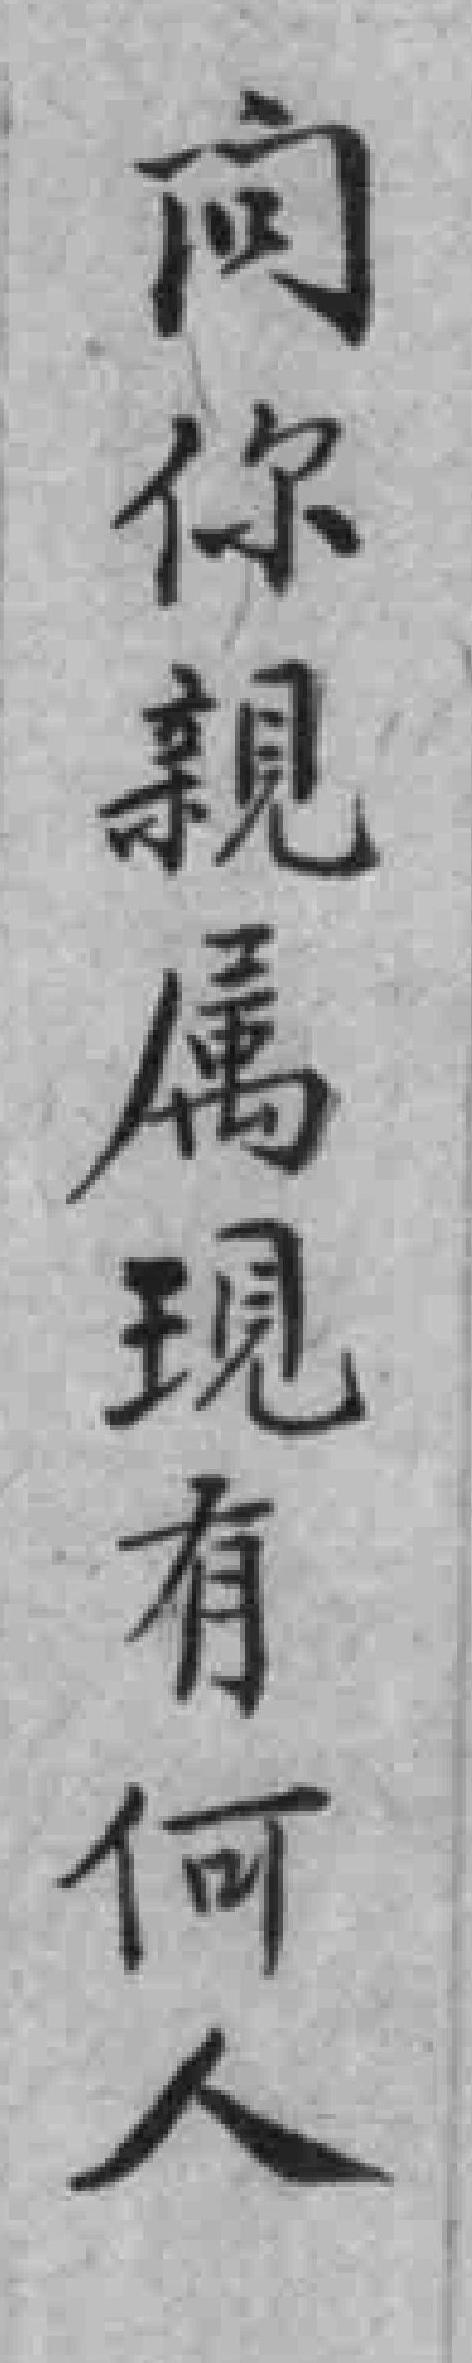
向你親属現有何人